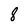
Character: 8